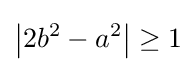
\left|2b^{2}-a^{2}\right|\geq 1